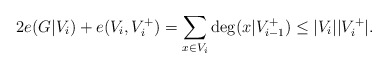
\begin{align*} 2e(G|V_i)+ e(V_i, V_i^+ )=\sum_{x\in V_i} \deg(x| V_{i-1}^+)\leq |V_i||V_i^+|. \end{align*}